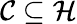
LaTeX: {\mathcal{C}}\subseteq{\mathcal{H}}